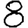
Digit: 8